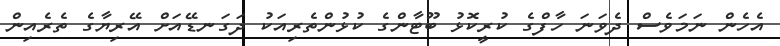
އެހެން ނަމަވެސް ދެވަނަ ހާފްގެ ކުރީކޮޅު ބޫޓާންގެ ކުޅުންތެރިއަކު ދަގަނޑޭއަށް އޭރިޔާގެ ތެރެއިން